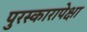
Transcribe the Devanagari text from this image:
पुरस्कारापेक्षा